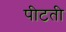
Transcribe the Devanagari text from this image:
पीटती